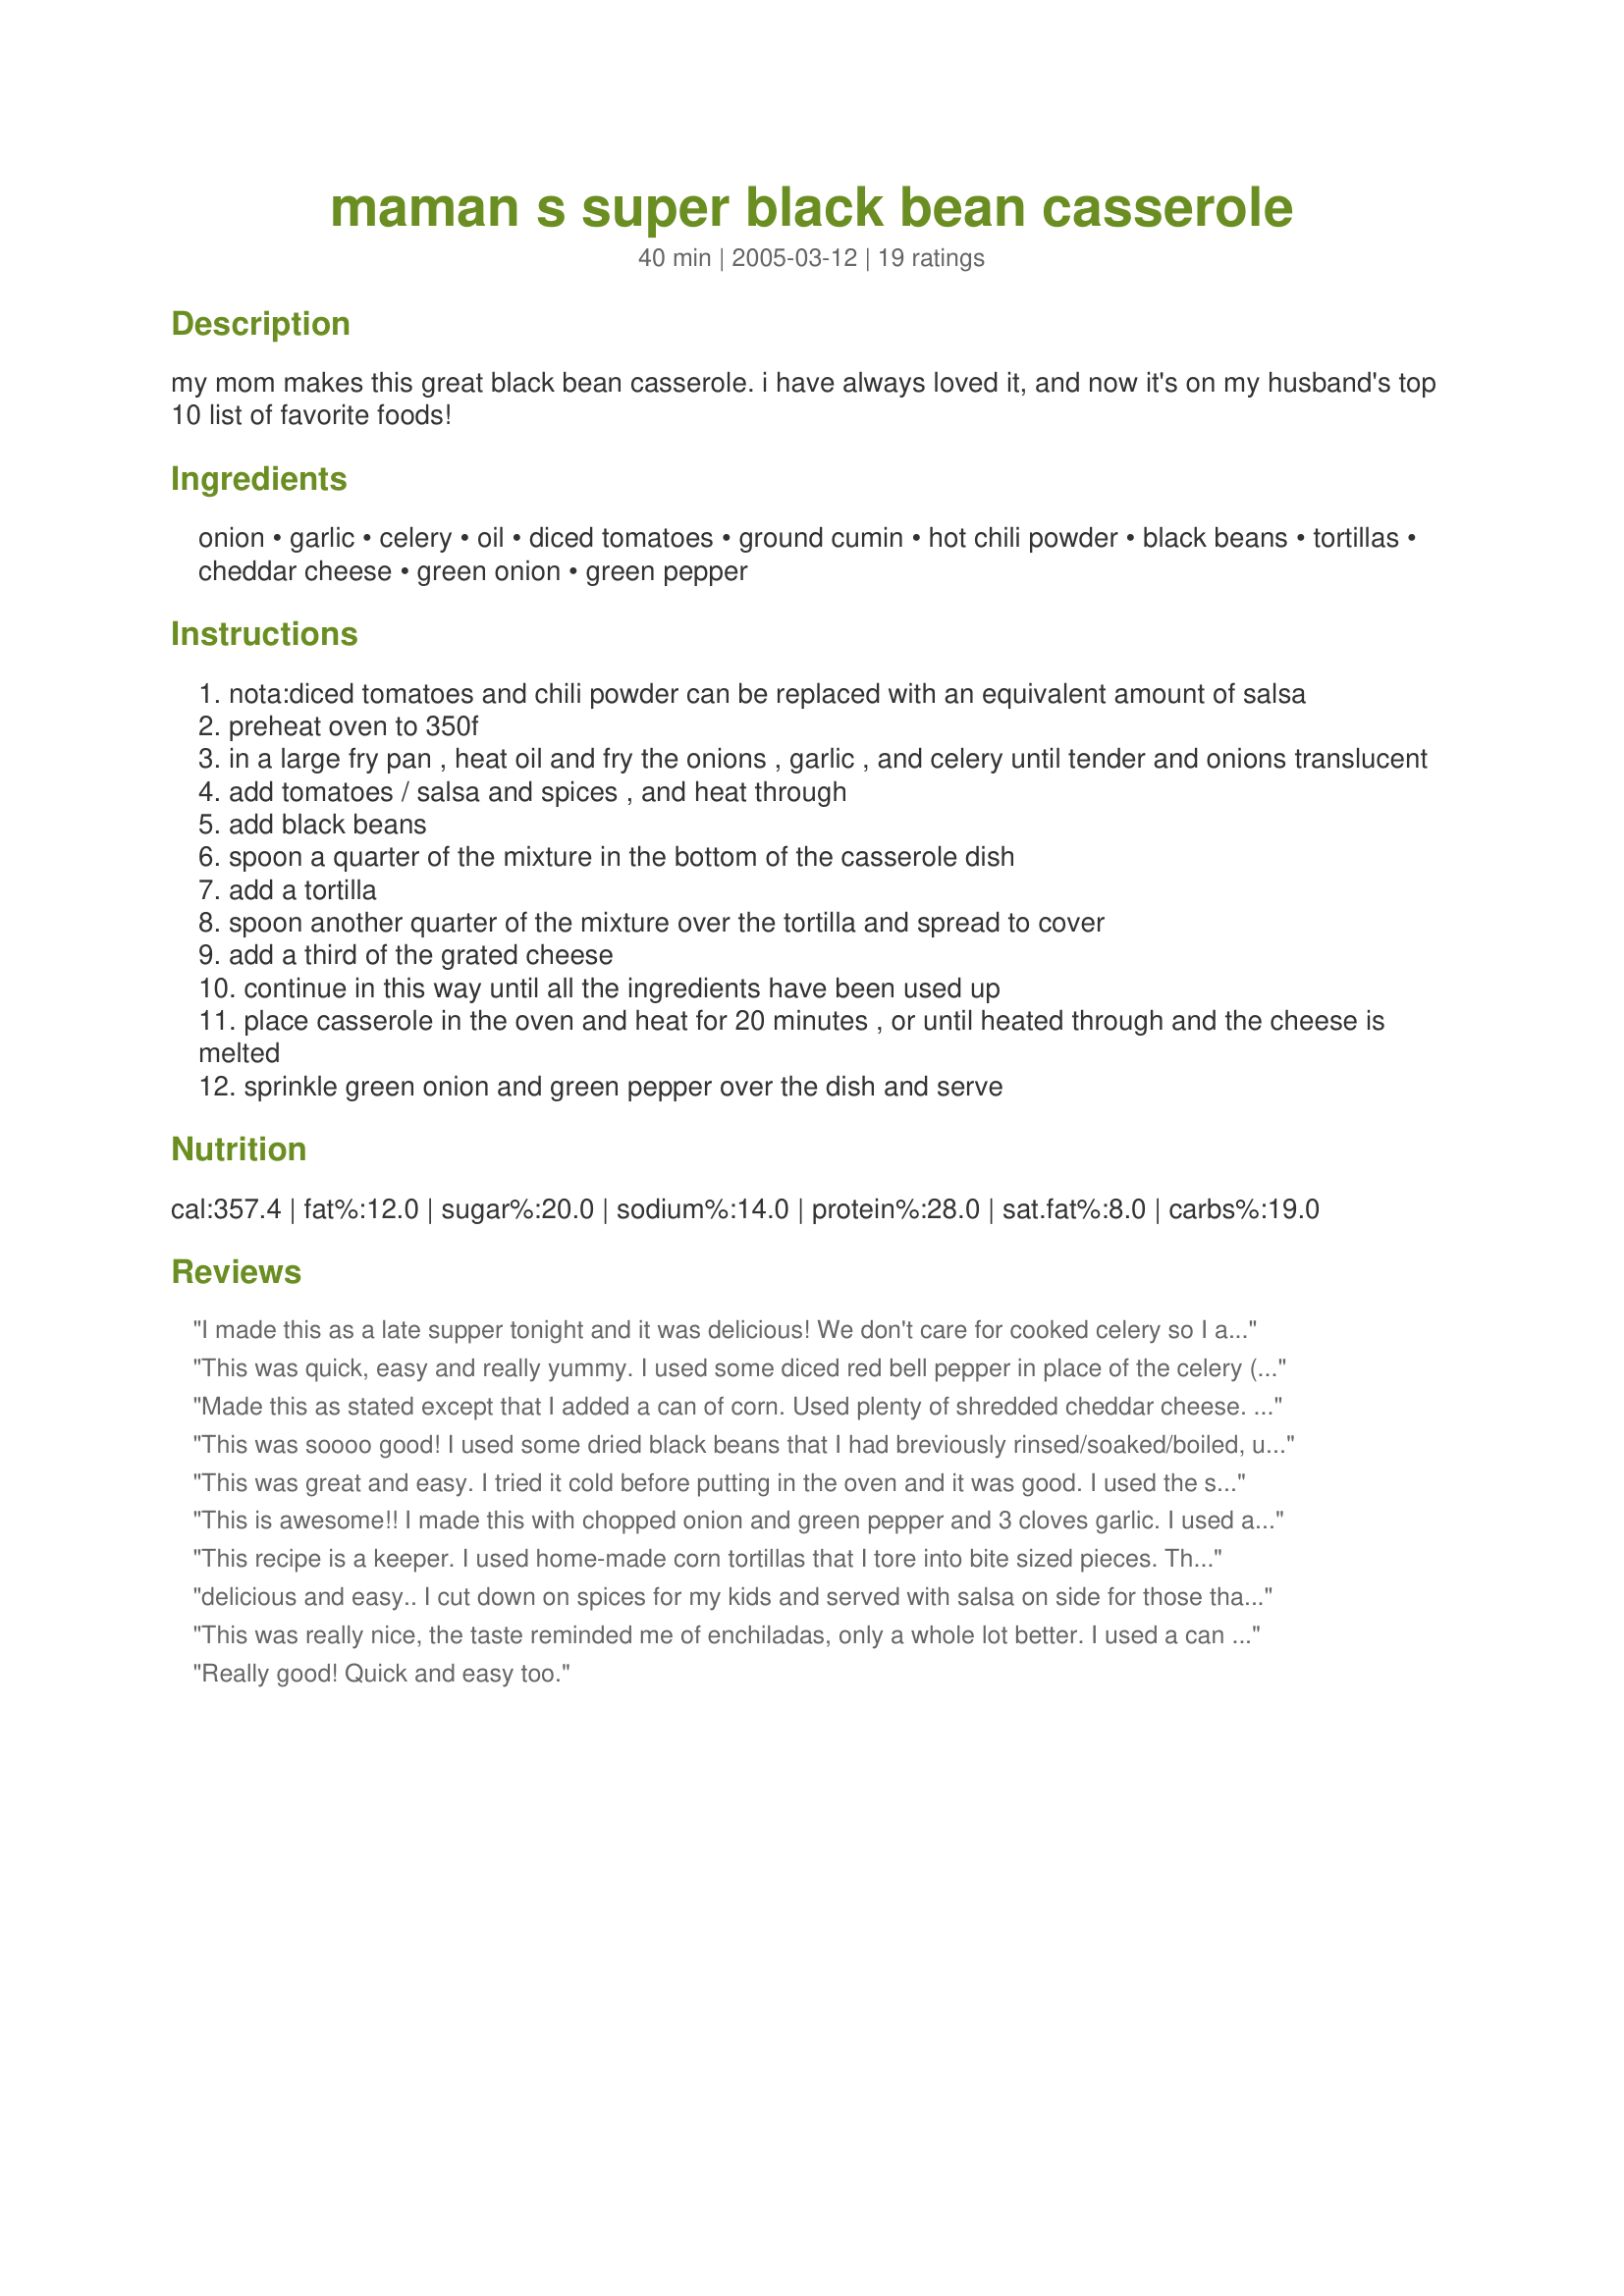
maman s super black bean casserole
Preparation time: 40 minutes

my mom makes this great black bean casserole. i have always loved it, and now it's on my husband's top 10 list of favorite foods!

Ingredients:
onion, garlic, celery, oil, diced tomatoes, ground cumin, hot chili powder, black beans, tortillas, cheddar cheese, green onion, green pepper

Steps:
nota:diced tomatoes and chili powder can be replaced with an equivalent amount of salsa
preheat oven to 350f
in a large fry pan , heat oil and fry the onions , garlic , and celery until tender and onions translucent
add tomatoes / salsa and spices , and heat through
add black beans
spoon a quarter of the mixture in the bottom of the casserole dish
add a tortilla
spoon another quarter of the mixture over the tortilla and spread to cover
add a third of the grated cheese
continue in this way until all the ingredients have been used up
place casserole in the oven and heat for 20 minutes , or until heated through and the cheese is melted
sprinkle green onion and green pepper over the dish and serve

Reviews:
I made this as a late supper tonight and it was delicious! We don't care for cooked celery so I added green peppers right with the onion and garlic. I also used the salsa option, still used cumin and a sprinkle of chili powder. My husband and I both loved it and I will definately be making this often!
This was quick, easy and really yummy. I used some diced red bell pepper in place of the celery (don't like celery) and added a bit more cumin and more than double the chili powder. Also, my can of beans was only 15 oz (not 19). I used an 8 oz block of English cheddar and whole wheat flour tortillas. It all fit perfect in an 8x8 (2 qt) casserole dish, just had to slightly trim the tortillas. Thanks for posting this delish recipe!
Made this as stated except that I added a can of corn. Used plenty of shredded cheddar cheese. I didn't care for the celery, so next time I will substitute some sort of bell pepper as suggested in other reviews. We thought it was quite tasty except for the celery.
This was soooo good! I used some dried black beans that I had breviously rinsed/soaked/boiled, used whole wheat tortillas and threw some green pepper in with the onion. It was tasty and flavorful and better than the tacos the boys and DH were eating! Thanks for posting!
This was great and easy. I tried it cold before putting in the oven and it was good. I used the salsa option instead of the diced tomato, cumin and chili powder. I only needed 2 tortillas. I did not have any celery so I substituted a little red pepper instead. Thank you for the recipe.
This is awesome!! I made this with chopped onion and green pepper and 3 cloves garlic. I used a 16oz jar salsa and the chili powder and cumin. I also used the light Mexican 4-cheese blend. And, I used 8in. whole wheat flour tortillas and they fit perfectly in a round 2 qt casserole dish! This dish is so easy and so full of flavor! It is a keeper!
This recipe is a keeper. I used home-made corn tortillas that I tore into bite sized pieces. Thanks for sharing your mom&#039;s recipe.
delicious and easy.. I cut down on spices for my kids and served with salsa on side for those that wanted it.. i too replaced celery with corn - great idea... will make again... no left overs!
This was really nice, the taste reminded me of enchiladas, only a whole lot better. I used a can of tomato sauce (DH wouldnt touch if with bits of tomatoes in), and i also put in some ground turkey. I threw in some jalepenos for some heat. Tastes great reheated the next day. This is a definate keeper.
Really good! Quick and easy too.
WOW, this was so good :) Lots of flavor and it's so easy to make. Didn't add the celery and added about a 1/4 cup salsa along with the diced tomatoes. Cooked the onion and garlic in olive oil. Also add a few red peppers. Served it with corn and it made for a super dinner. Thanks so much for sharing this recipe.
This was very good and didn't take very long to make. I added green pepper and cooked them along with the other veggies.
YUM! I had big tortillas and only used 2. I really enjoyed this more than I thought I would. I didnt have any celery so omitted that. I may use some cayenne next time. Thanks for an easy recipe. Dont skimp on the cheese! :)
This recipe is fast, easy and delicious. It can also be very flexible with what you add to it. I used a 15 oz. can of drained and rinsed black beans. I used a mix of onion, red and green peppers, celery and garlic about a cup total) sauted with 1 and 3/4 cup hot sauce and a scant tsp cumin. I also snipped 2 flour tortillas into small pieces with my kitchen scissors. Then I put half the bean mixture in the bottom of a small casserole sprayed with cooking oil. I stirred a bit of sour cream in it and then the tortilla bits. I topped that with a bit of grated mexican cheese, following up with the rest of the black bean mix. I baked that about 15 minutes then sprinkled the top with some more cheese and some chopped green onion. Returned it to the oven until the cheese melted. Fast and Fabulous! (I'm going to try this as the filling for crispy tacos tomorrow, which is one reason why I snipped the tortillas into small pieces.) Thank you for sharing your Mmom's wonderful recipe with us food girl!
The flavor of this dish was really nice but I was a bit confused by the directions. I used corn tortillas, was that correct? The ingredient list only said 'tortillas', so corn? flour? The layering was also a bit off...maybe because the size of the dish wasn't specified. I used a 10X7 dish and needed to use 4 tortillas and, basically, just kind of guessed on the layers. It turned out well and my girls loved it. I would have given 5 if not for having to guess on some of the instructions.
This was wonderful I've made it several times both with salsa and with the tomato mix. Yum! I also only needed two tortillas. I'd make it tonight if I had all the stuff.
Great recipe and quite tasty. I tried the diced tomatoes and chili powder option and will try the salsa another time. This time I used small flour tortillas (only two of them) so there was no need to cut. If I had corn tortillas I would have used them because I think they would have been even more tasty. I went with 3 layers instead of 4 and used about a cup of low-fat chedder cheese (4 ounces) and a 15 ounce can of beans. I included celery and also used a bit less than 1 tablespoon oil and sprinkled liberally with chopped scallions. Served it with hot sauce on the side. So easy to make and outcome tasted great. Thanks so much!
Nice veggie dish! It is recommended to chop the veggies quite small, to get it all integrated well in the flavor and not have big crunchy bits. I used tin of tomatoes and increased chili powder up to 1 tbs and also used one beef stock cube to add flavor. Plenty cheese required. Jalapeños would go well along. Serve with salsa.
My husband doesn't like onions, celery, or cumin...soooo I added in corn, sour cream and diced up chicken and followed the rest of the recipe. It was great!!!! I layered it like a lasanga with lots of cheese...mmm mmm good!
